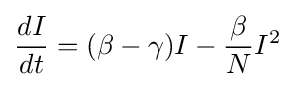
{\frac {dI}{dt}}=(\beta -\gamma )I-{\frac {\beta }{N}}I^{2}